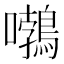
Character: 𡅂